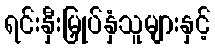
ရင်းနှီးမြှုပ်နှံသူများနှင့်